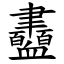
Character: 衋